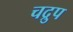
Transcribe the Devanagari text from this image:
चद्रुप